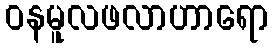
ဝနမူလဖလာဟာရော